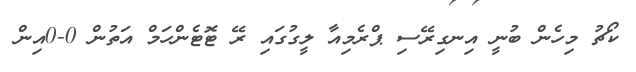
ކޯޗު މިހެން ބުނީ އިނގިރޭސި ޕްރެމިއާ ލީގުގައި ރޭ ޓޮޓެންހަމް އަތުން 0-0އިން